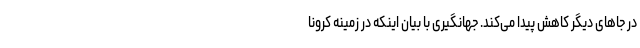
در جاهای دیگر کاهش پیدا می‌کند. جهانگیری با بیان اینکه در زمینه کرونا